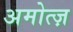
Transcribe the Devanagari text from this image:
अमोत्ज़